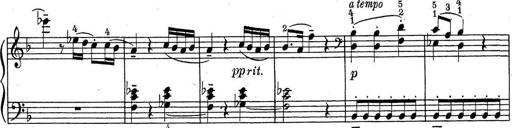
Title: ÄŒeskÃ© Sonatiny
Composer: Various